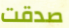
صدقت